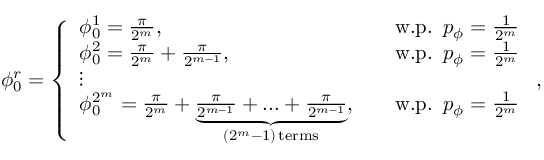
\phi _ { 0 } ^ { r } = \left\{ \begin{array} { l l } { \phi _ { 0 } ^ { 1 } = \frac { \pi } { 2 ^ { m } } , } & { \quad \mathrm { w . p . } \, \, \, p _ { \phi } = \frac { 1 } { 2 ^ { m } } } \\ { \phi _ { 0 } ^ { 2 } = \frac { \pi } { 2 ^ { m } } + \frac { \pi } { 2 ^ { m - 1 } } , } & { \quad \mathrm { w . p . } \, \, \, p _ { \phi } = \frac { 1 } { 2 ^ { m } } } \\ { \vdots } \\ { \phi _ { 0 } ^ { 2 ^ { m } } = \frac { \pi } { 2 ^ { m } } + \underbrace { \frac { \pi } { 2 ^ { m - 1 } } + . . . + \frac { \pi } { 2 ^ { m - 1 } } } _ { ( 2 ^ { m } - 1 ) \, \mathrm { { t e r m s } } } , } & { \quad \mathrm { w . p . } \, \, \, p _ { \phi } = \frac { 1 } { 2 ^ { m } } } \end{array} \right. ,